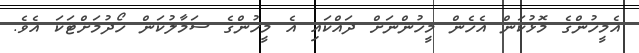
އެމީހުންގެ މޮޅުކަން އެހެން މީހުންނަށް ދައްކައި އެ މީހުންގެ ސަމާލުކަން ހޯދުމަށްޓަކަ އެވެ.